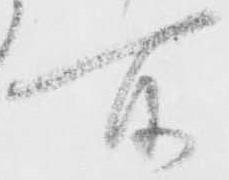
所